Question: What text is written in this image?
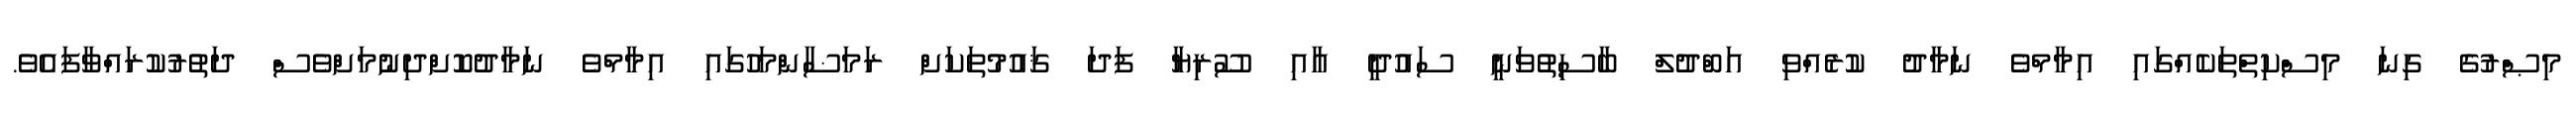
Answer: މިޞްރުގެ ގިނަ މިސްކިތްތަކެއްގައި އިމާމްވެ ނަމާދު ކުރެއްވި އަބްދުލް ބާސިތުވަނީ ސައުދީ އާއި ސޫރިޔާ ފަދަ ޤައުމުތަކަށް ރަމަޟާންމަހުގައި އިމާމްވެ ނަމާދުކޮށްދިނުމަށްވެސް ދަތުރުކުރައްވާފައެވެ.